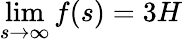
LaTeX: \operatorname*{lim}_{s\to\infty}f(s)=3H